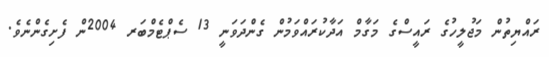
ރައްޔިތުން މަޖުލީހުގެ ރައީސްގެ މަގާމް އަދާކުރައްވަމުން ގެންދަވަނީ 13 ސެޕްޓެމްބަރ 2004ން ފެށިގެންނެވެ.